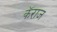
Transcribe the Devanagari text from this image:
कॅराज